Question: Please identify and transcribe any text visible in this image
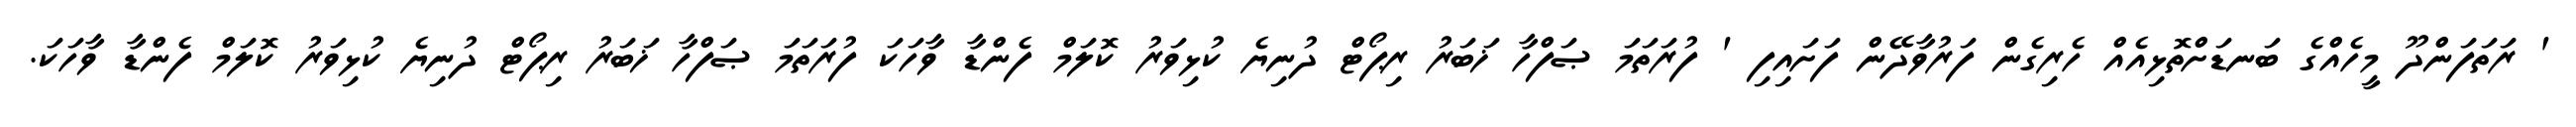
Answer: ' ރަތަފަންދޫ މީހެއްގެ ބަނޑަށްތޮޅިއެއް ހެރިގެން ފަރުވާދޭން ފަށައިފި ' ފުރަތަމަ ޞަފްހާ ޚަބަރު ރިޕޯޓް ދުނިޔެ ކުޅިވަރު ކޮލަމް ފެންޑާ ވާހަކަ ފުރަތަމަ ޞަފްހާ ޚަބަރު ރިޕޯޓް ދުނިޔެ ކުޅިވަރު ކޮލަމް ފެންޑާ ވާހަކަ.